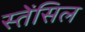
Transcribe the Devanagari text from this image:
स्तेंसिल